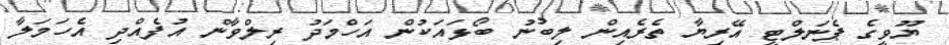
ޔޫވީގެ ޕެނަލްޓީ އޭރިޔާ ތެރެއިން ލިބުނު ބޯޅައަކުން އަހްމަދު ރިލްވާން އުފެއްދި އެހަމަލާ